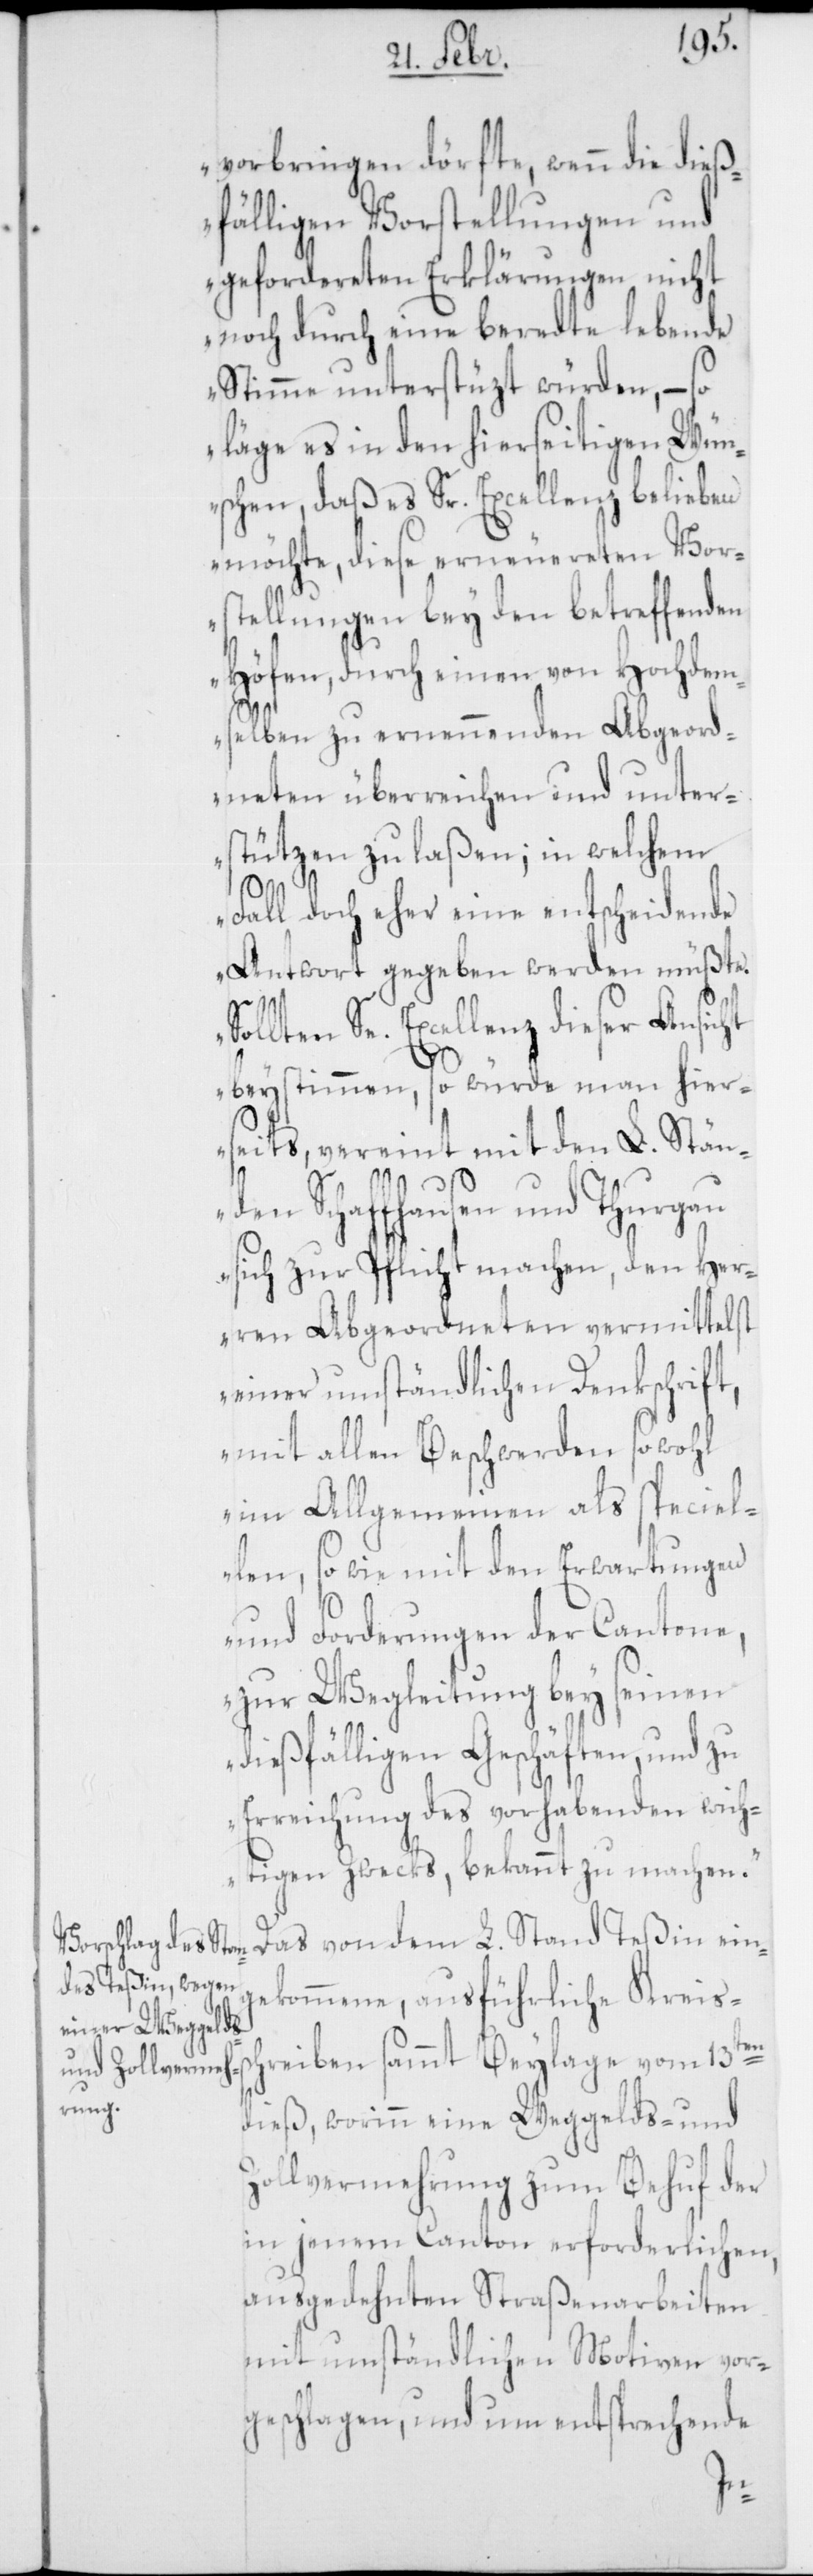
vorbringen dörfte, wenn die dieß¬
fälligen Vorstellungen und
gefordereten Erklärungen nicht
noch durch eine beredte lebende
Stimme unterstüzt würden, – so
läge es in den hierseitigen Wün¬
schen, daß es Sr. Excellenz belieben
möchte, diese erneuereten Vors¬
tellungen bey den betreffenden
Höfen, durch einen von hochdem¬
selben zu ernennenden Abgeord¬
neten überreichen und unter¬
stützen zu laßen; in welchem
Fall doch eher eine entscheidende
Antwort gegeben werden müßte.
Sollten Se. Excellenz dieser Ansicht
beystimmen, so würde man hier¬
seits, vereint mit den L. Stän¬
den Schaffhausen und Thurgau
sich zur Pflicht machen, den Her¬
ren Abgeordneten vermittelst
einer umständlichen Denkschrift,
mit allen Beschwerden sowohl
im Allgemeinen als speciel¬
len, sowie mit den Erwartungen
und Forderungen der Cantone,
zur Wegleitung bey seinen
dießfälligen Geschäften, und zu
Erreichung des vorhabenden wich¬
tigen Zwecks, bekannt zu machen“.
Das von dem L. Stand Teßin ein¬
gekommene, ausführliche Kreis¬
hreiben sammt Beylage vom 13ten
dieß, worinn eine Weggelds- und
Zollvermehrung zum Behuf der
in jenem Canton erforderlichen,
ausgedehnten Straßenarbeiten
mit umständlichen Motiven vor¬
geschlagen, und um entsprechende
sc¬